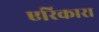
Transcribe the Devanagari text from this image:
एरिकारा